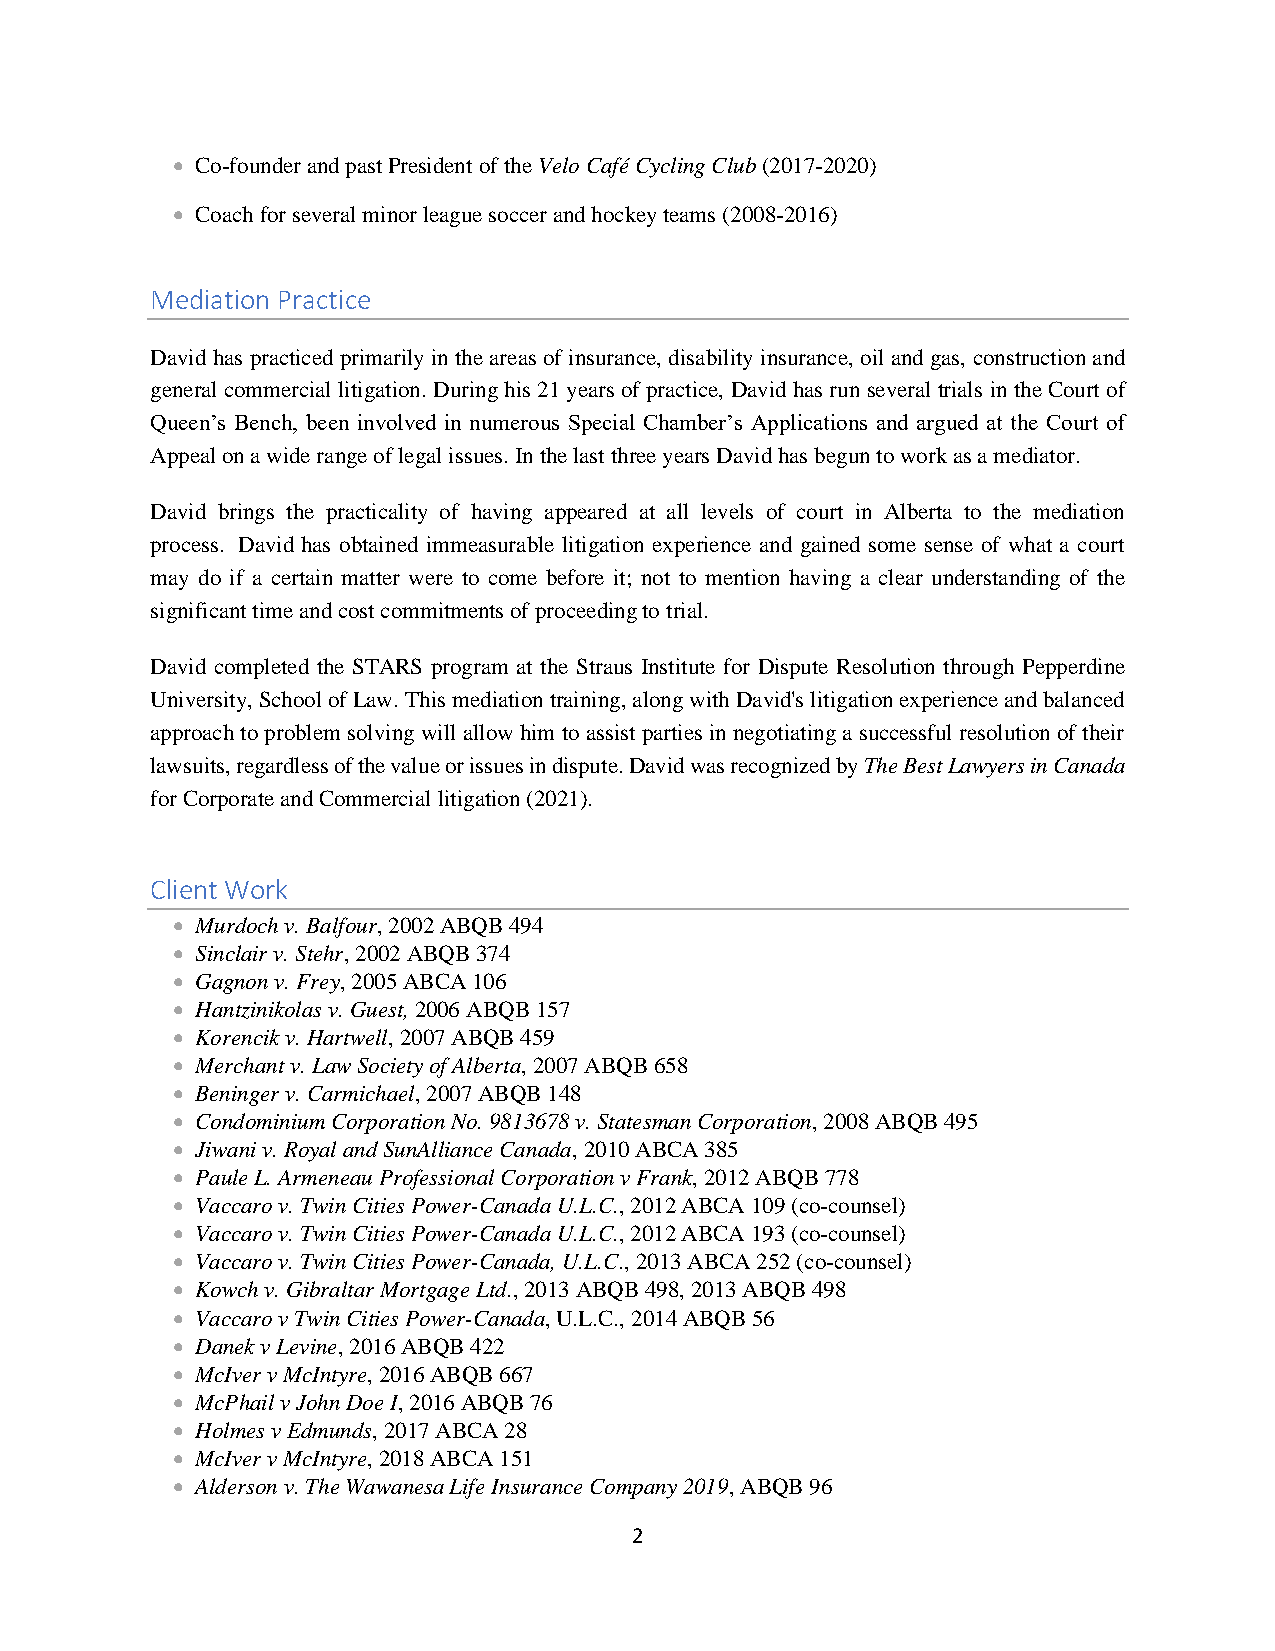
• Co-founder and past President of the Velo Café Cycling Club (2017-2020)
 • Coach for several minor league soccer and hockey teams (2008-2016)
 Mediation Practice
 David has practiced primarily in the areas of insurance, disability insurance, oil and gas, construction and
 general commercial litigation. During his 21 years of practice, David has run several trials in the Court of
 Queen’s Bench, been involved in numerous Special Chamber’s Applications and argued at the Court of
 Appeal on a wide range of legal issues. In the last three years David has begun to work as a mediator.
 David brings the practicality of having appeared at all levels of court in Alberta to the mediation
 process. David has obtained immeasurable litigation experience and gained some sense of what a court
 may do if a certain matter were to come before it; not to mention having a clear understanding of the
 significant time and cost commitments of proceeding to trial.
 David completed the STARS program at the Straus Institute for Dispute Resolution through Pepperdine
 University, School of Law. This mediation training, along with David's litigation experience and balanced
 approach to problem solving will allow him to assist parties in negotiating a successful resolution of their
 lawsuits, regardless of the value or issues in dispute. David was recognized by The Best Lawyers in Canada
 for Corporate and Commercial litigation (2021).
 Client Work
 • Murdoch v. Balfour, 2002 ABQB 494
 • Sinclair v. Stehr, 2002 ABQB 374
 • Gagnon v. Frey, 2005 ABCA 106
 • Hantzinikolas v. Guest, 2006 ABQB 157
 • Korencik v. Hartwell, 2007 ABQB 459
 • Merchant v. Law Society of Alberta, 2007 ABQB 658
 • Beninger v. Carmichael, 2007 ABQB 148
 • Condominium Corporation No. 9813678 v. Statesman Corporation, 2008 ABQB 495
 • Jiwani v. Royal and SunAlliance Canada, 2010 ABCA 385
 • Paule L. Armeneau Professional Corporation v Frank, 2012 ABQB 778
 • Vaccaro v. Twin Cities Power-Canada U.L.C., 2012 ABCA 109 (co-counsel)
 • Vaccaro v. Twin Cities Power-Canada U.L.C., 2012 ABCA 193 (co-counsel)
 • Vaccaro v. Twin Cities Power-Canada, U.L.C., 2013 ABCA 252 (co-counsel)
 • Kowch v. Gibraltar Mortgage Ltd., 2013 ABQB 498, 2013 ABQB 498
 • Vaccaro v Twin Cities Power-Canada, U.L.C., 2014 ABQB 56
 • Danek v Levine, 2016 ABQB 422
 • McIver v McIntyre, 2016 ABQB 667
 • McPhail v John Doe I, 2016 ABQB 76
 • Holmes v Edmunds, 2017 ABCA 28
 • McIver v McIntyre, 2018 ABCA 151
 • Alderson v. The Wawanesa Life Insurance Company 2019, ABQB 96
 2